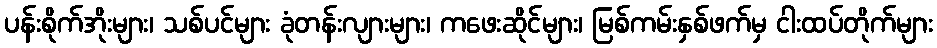
ပန်းစိုက်အိုးများ၊ သစ်ပင်များ ခုံတန်းလျားများ၊ ကဖေးဆိုင်များ၊ မြစ်ကမ်းနှစ်ဖက်မှ ငါးထပ်တိုက်များ